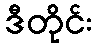
ဒီတိုင်း